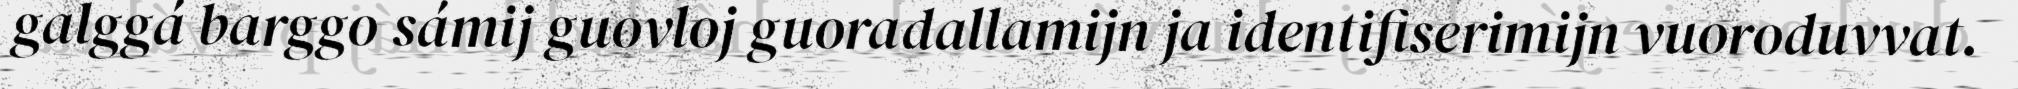
galggá barggo sámij guovloj guoradallamijn ja identifiserimijn vuoroduvvat.